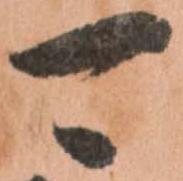
可